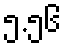
၅.၅၆